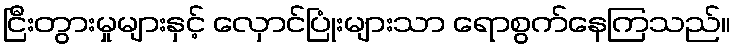
ငြီးတွားမှုများနှင့် လှောင်ပြုံးများသာ ရောစွက်နေကြသည်။